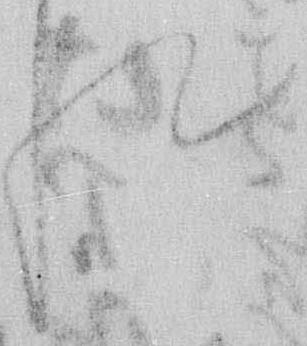
れ